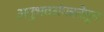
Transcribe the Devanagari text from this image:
अनुभवसंपन्नतेतून